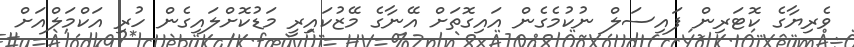
ވެރިޔާގެ ކޮޓަރިން ފައިސަލް ނުކުމެގެން އައިގޮތަށް އޭނާގެ މޭޒުކައިރީ މަޑުކޮށްލައިގެން ހުރި އަކްމަލްއަށް